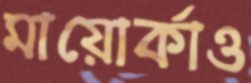
মায়োর্কাও